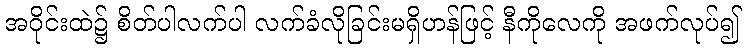
အဝိုင်းထဲ၌ စိတ်ပါလက်ပါ လက်ခံလိုခြင်းမရှိဟန်ဖြင့် နီကိုလေကို အဖက်လုပ်၍